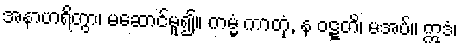
အနာဟရိတွာ၊ မဆောင်မူ၍။ ကမ္မံ ကာတုံ, န ဝဋ္ဋတိ၊ မအပ်။ ဣဒံ၊